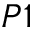
P 1